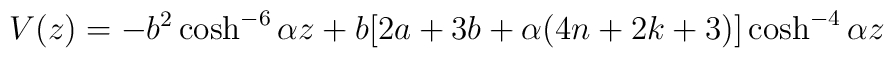
V(z) = -b^2 \cosh^{-6} {\alpha z} + b[2a+ 3b +\alpha (4n+2k +3)]\cosh^{-4}{\alpha z}